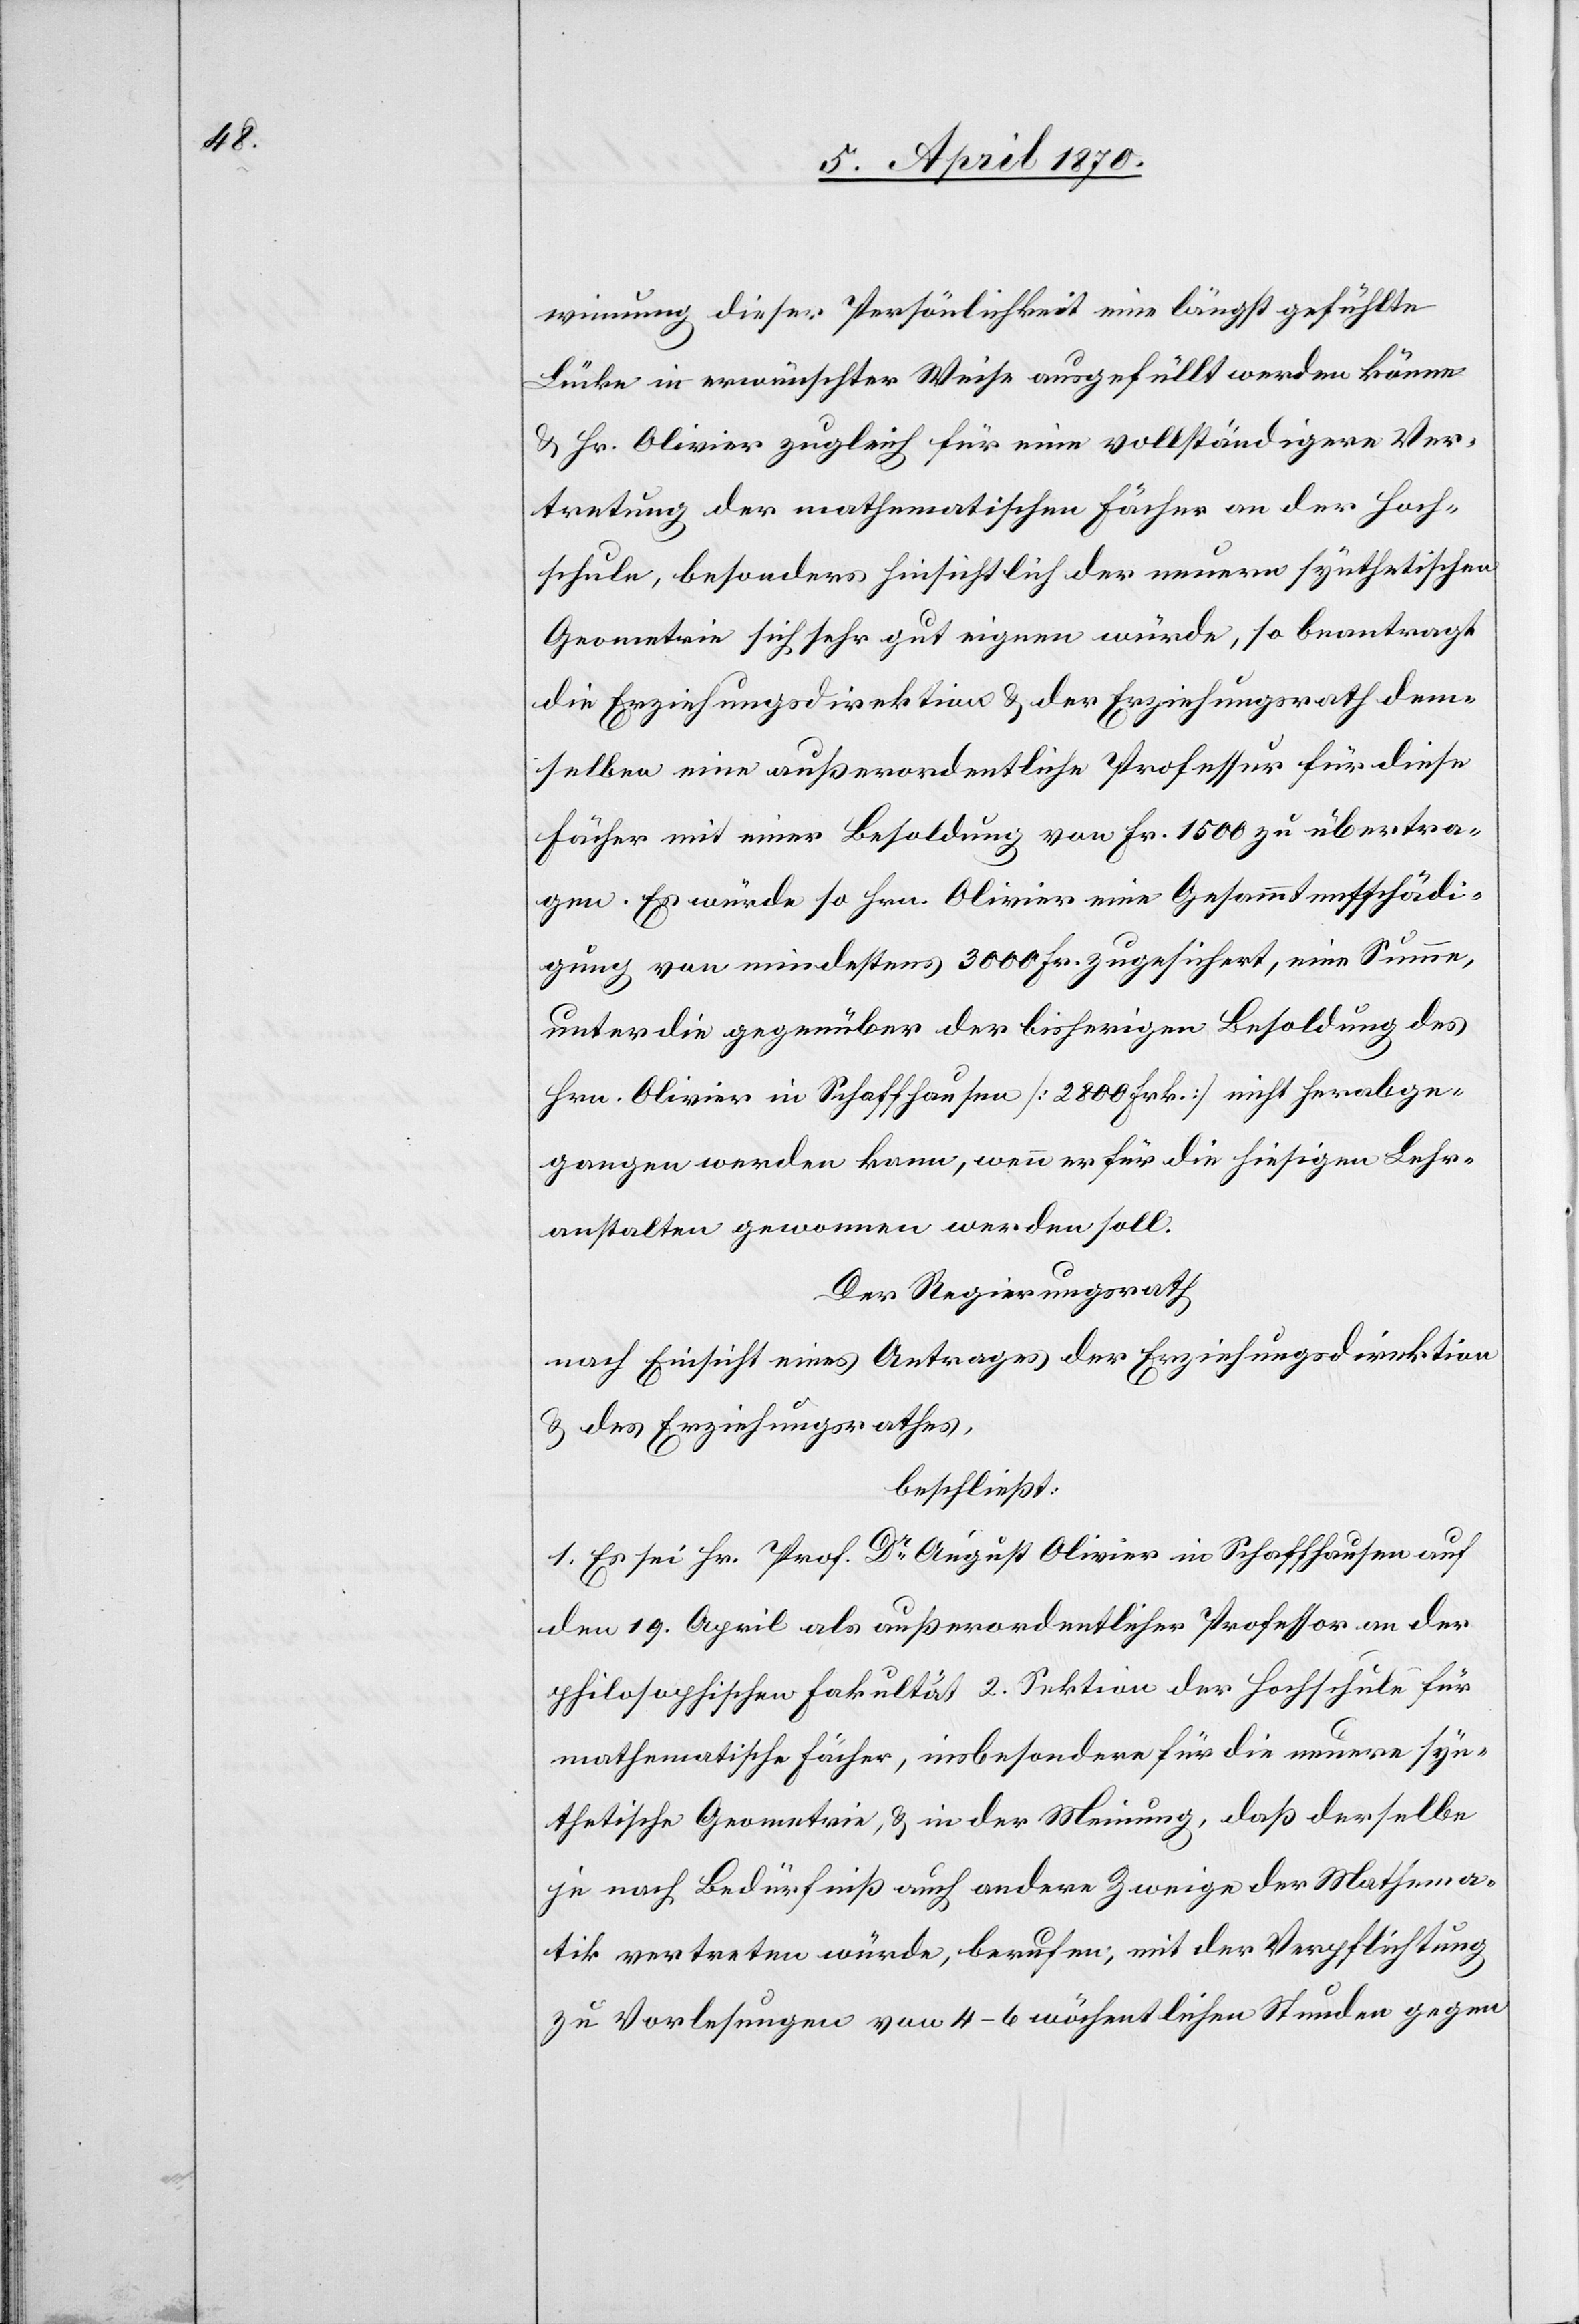
winnung dieser Persönlichkeit eine längst gefühlte
Lücke in erwünschter Weise ausgefüllt werden könne
& Hr. Olivier zugleich für eine vollständigere Ver¬
tretung der mathematischen Fächer an der Hoch¬
schule, besonders hinsichtlich der neuern synthetischen
Geometrie sich sehr gut eigenen würde, so beantragt
die Erziehungsdirektion & der Erziehungsrath dem¬
selben eine außerordentliche Professur für diese
Fächer mit einer Besoldung von Fr. 1500 zu übertra¬
gen. Es würde so Hrn. Olivier eine Gesammtentschädi¬
gung von mindestens 3000 Fr. zugesichert, eine Summe,
unter die gegenüber der bisherigen Besoldung des
Hrn. Olivier in Schaffhausen [2800 Frk.] nicht herabge¬
gangen werden kann, wenn er für die hiesigen Lehr¬
anstalten gewonnen werden soll.
Der Regierungsrath
nach Einsicht eines Antrages der Erziehungsdirektion
& des Erziehungsrathes,
beschließt:
1. E sei Hr. Prof. Dr August Olivier in Schaffhausen auf
den 19. April als außerordentlicher Professor an der
philosophischen Fakultät 2. Sektion der Hochschule für
mathematische Fächer, insbesondere für die neuere syn¬
thetische Geometrie, & in der Meinung, daß derselbe
je nach Bedürfniß auch andere Zweige der Mathema¬
tik vertreten würde, berufen, mit der Verpflichtung
zu Vorlesungen von 4–6 wöchentlichen Stunden gegen